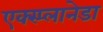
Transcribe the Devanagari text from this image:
एक्स्प्लानेडा